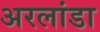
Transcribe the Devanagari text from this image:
अरलांडा